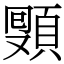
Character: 𩓔